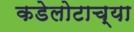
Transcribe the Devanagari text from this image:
कडेलोटाच्या